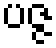
ပဇ္ဇ